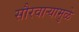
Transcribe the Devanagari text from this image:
सौरवाऱ्यामुळे